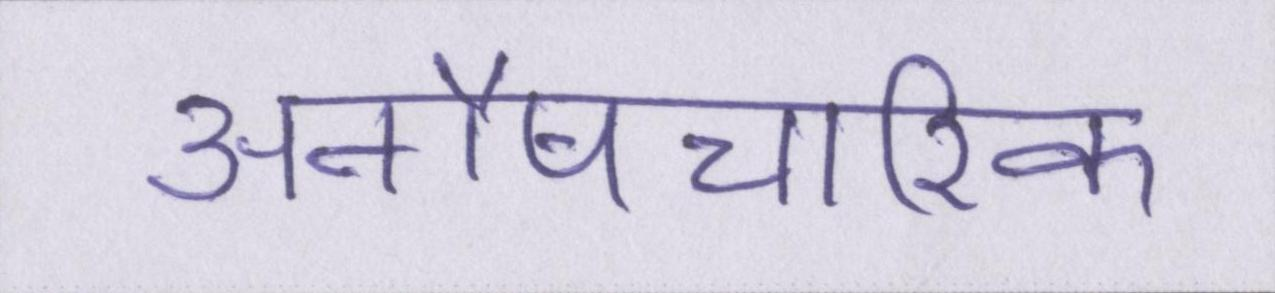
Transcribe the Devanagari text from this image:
अनौपचारिक